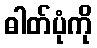
ဓါတ်ပုံကို